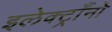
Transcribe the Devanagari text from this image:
इलेक्ट्राँनो